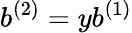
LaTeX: b^{(2)}=yb^{(1)}